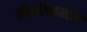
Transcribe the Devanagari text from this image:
टीइऍफ़ऑय